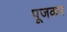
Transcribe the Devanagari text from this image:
पूजकर